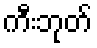
ကီးဘုတ်